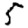
Digit: 5